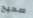
صحيح